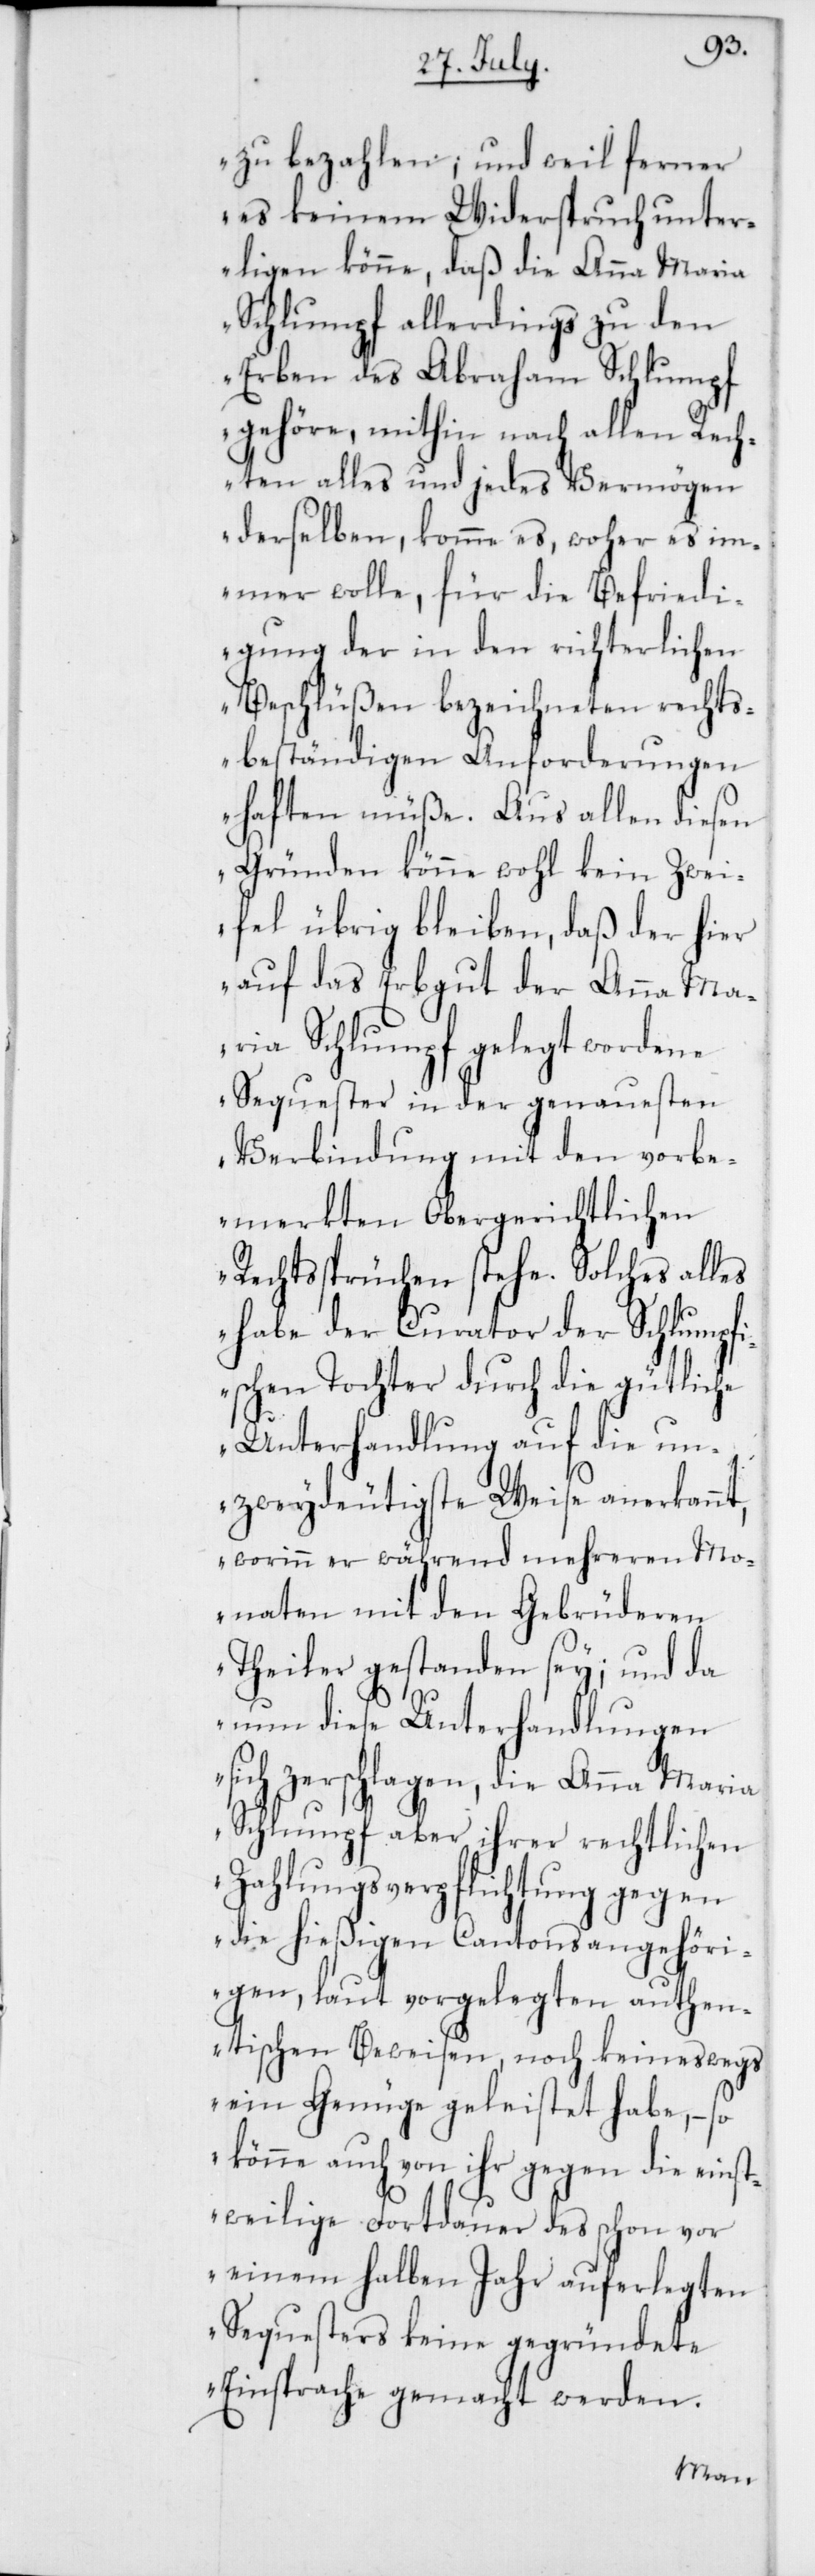
zu bezahlen; und weil ferner
es keinem Widerspruch unter¬
ligen könne, daß die Anna Maria
Schlumpf allerdings zu den
Erben des Abraham Schlumpf
gehöre, mithin nach allen Rech¬
ten alles und jedes Vermögen
derselben, komme es, woher es im¬
mer wolle, für die Befriedi¬
gung der in den richterlichen
Beschlüßen bezeichneten rechts¬
beständigen Anforderungen
haften müße. Aus allen diesen
Gründen könne wohl kein Zwei¬
fel übrig bleiben, daß der hier
auf das Erbgut der Anna Ma¬
ria Schlumpf gelegt wordene
Sequester in der genauesten
Verbindung mit den vorbe¬
merkten Obergerichtlichen
Rechtssprüchen stehe. Solches alles
habe der Curator der Schlumpf¬
ischen Tochter durch die gütlic¬
Unterhandlung auf die un¬
zweydeutigste Weise anerkannt,
worin er während mehreren Mo¬
naten mit den Gebrüderen
Theiler gestanden sey; und da
nun diese Unterhandlungen
sich zerschlagen, die Anna Mar¬
Schlumpf aber ihrer rechtlichen
Zahlungsverpflichtung ge¬
die hießigen Cantonsangehö¬
rigen, laut vorgelegten auth¬
entischen Beweisen, noch ke¬
vor
ein Genüge geleistet habe,
so
könne auch von ihr gegen die
stweilige Fortdauer des schon
einem halben Jahr auferlegten
Sequesters keine gegründete
Einsprache gemacht werden.